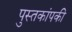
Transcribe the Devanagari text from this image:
पुस्तकांपकी